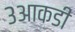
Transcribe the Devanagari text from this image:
३आकडी